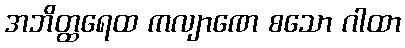
အဘိတ္ထရေထ ကလျာဏေ စသော ဂါထာ